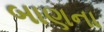
બાણના